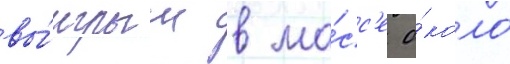
вы́игрыш в ма́сс'е о́коло